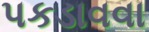
પકડાવવા